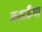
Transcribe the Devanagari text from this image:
कराऊँगा